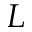
L